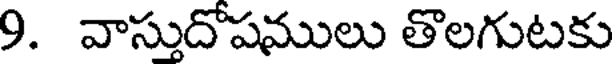
9. వాస్తుదోషములు తొలగుటకు